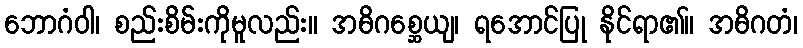
ဘောဂံဝါ၊ စည်းစိမ်းကိုမူလည်း။ အဓိဂစ္ဆေယျ၊ ရအောင်ပြု နိုင်ရာ၏။ အဓိဂတံ၊